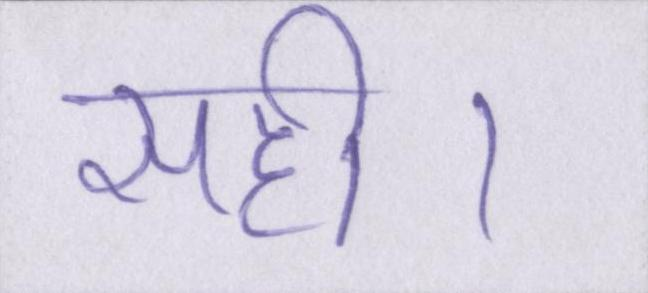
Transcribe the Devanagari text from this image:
सही।